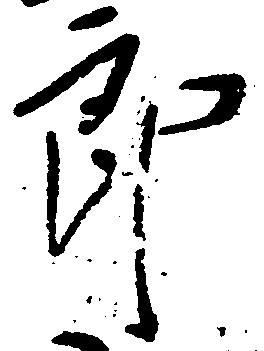
郎